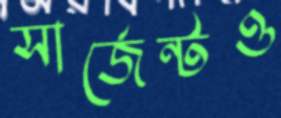
সার্জেন্টও